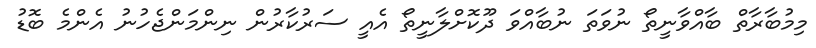
މިމުބާރާތް ބާއްވާނީތޯ ނުވަތަ ނުބާއްވަ ދޫކޮށްލާނީތޯ އެއީ ސަރުކާރުން ނިންމަންޖެހުނު އެންމެ ބޮޑު